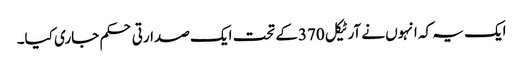
ایک یہ کہ انہوں نے آرٹیکل 370کے تحت ایک صدارتی حکم جاری کیا۔